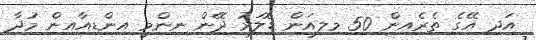
އަދި އޭގެ ތެރެއިން 50 މިލިއަން ޑޮލަރު ދޭން ނިންމީ އިންޑިއާއިން މުދާ